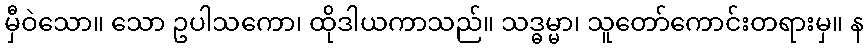
မှီဝဲသော။ သော ဥပါသကော၊ ထိုဒါယကာသည်။ သဒ္ဓမ္မာ၊ သူတော်ကောင်းတရားမှ။ န